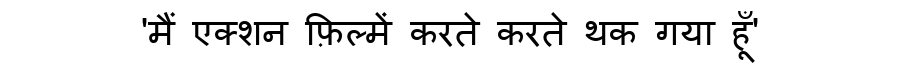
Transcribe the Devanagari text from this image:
'मैं एक्शन फ़िल्में करते करते थक गया हूँ'